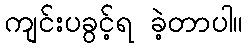
ကျင်းပခွင့်ရ ခဲ့တာပါ။